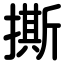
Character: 撕